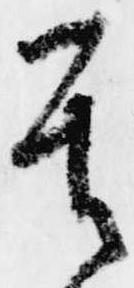
其